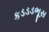
કડડડભૂસ